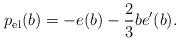
LaTeX: \begin{align*} p_{\rm el} (b) = - e(b) - \frac{2}{3} b e'(b).\end{align*}